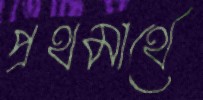
প্রথমার্থে